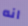
انه